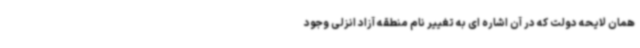
همان لایحه دولت که در آن اشاره ای به تغییر نام منطقه آزاد انزلی وجود